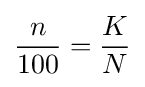
{\frac {n}{100}}={\frac {K}{N}}